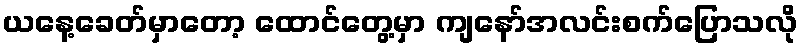
ယနေ့ခေတ်မှာတော့ ထောင်တွေ့မှာ ကျနော်အလင်းစက်ပြောသလို